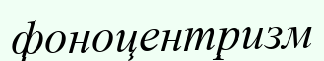
фоноцентризм